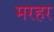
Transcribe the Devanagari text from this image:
मरहर